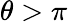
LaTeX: \theta>\pi